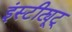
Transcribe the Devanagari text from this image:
इंस्टीट्यूट्